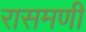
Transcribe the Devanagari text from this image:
रासमणी